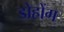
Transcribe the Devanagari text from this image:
डोहोंग